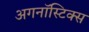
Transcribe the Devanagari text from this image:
अगनॉस्टिक्स